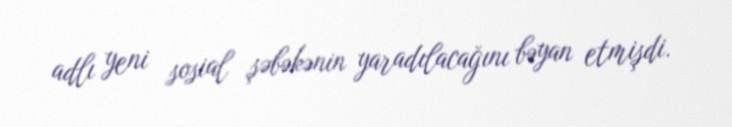
adlı yeni sosial şəbəkənin yaradılacağını bəyan etmişdi.